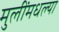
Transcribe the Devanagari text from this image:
मुलींमधल्या